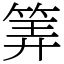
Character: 筭